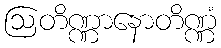
ဩတိဏ္ဏာနောတိဏ္ဏံ